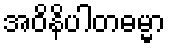
အဝိနိပါတဓမ္မာ